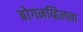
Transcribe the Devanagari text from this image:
बोगनव्हिलला